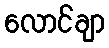
လောင်ချာ